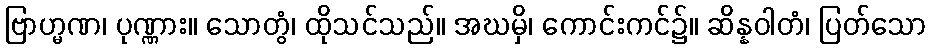
ဗြာဟ္မဏ၊ ပုဏ္ဏား။ သောတွံ၊ ထိုသင်သည်။ အဃမှိ၊ ကောင်းကင်၌။ ဆိန္နဝါတံ၊ ပြတ်သော